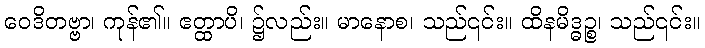
ဝေဒိတဗ္ဗာ၊ ကုန်၏။ ဧတ္ထာပိ၊ ၌လည်း။ မာနောစ၊ သည်၎င်း။ ထိနမိဒ္ဓဉ္စ၊ သည်၎င်း။